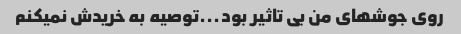
روی جوشهای من بی تاثیر بود...توصیه به خریدش نمیکنم